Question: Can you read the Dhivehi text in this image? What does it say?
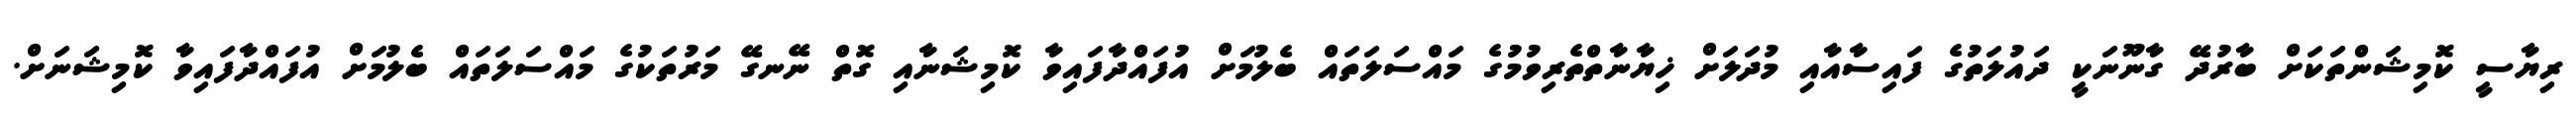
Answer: ރިޔާސީ ކޮމިޝަންތަކަށް ބާރުދޭ ގާނޫނަކީ ދައުލަތުގެ ފައިސާއާއި މުދަލަށް ޚިޔާނާތްތެރިވުމުގެ މައްސަލަތައް ބެލުމަށް އުފައްދާފައިވާ ކޮމިޝަނާއި ގޮތް ނޭނގޭ މަރުތަކުގެ މައްސަލަތައް ބެލުމަށް އުފައްދާފައިވާ ކޮމިޝަނަށް.